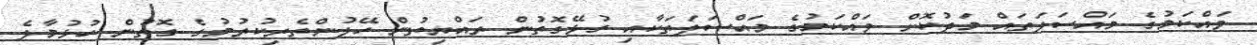
ވައްކަމުގެ މައްސަލަތައް މަދުކޮށް ވައްކަމުގެ މައްސަލަތަކާއި ގުޅޭގޮތުން ރައްޔިތުން ހޭލުންތެރިކުރުމުގެ ގޮތުން ހުޅުމާލެ